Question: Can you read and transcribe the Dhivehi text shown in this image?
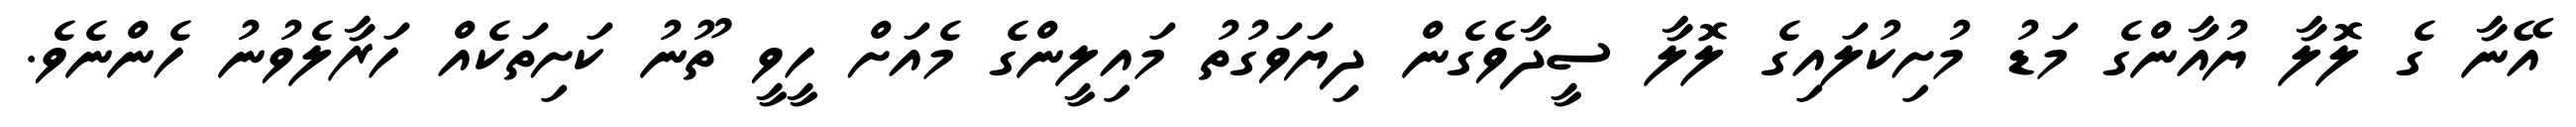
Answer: އޭނާ ގެ ލޮލާ ޔުއާންގެ މަޑު މުށިކުލައިގެ ލޮލާ ސީދާވެގެން ދިޔަވަގުތު މައިލީންގެ މެއަށް ހީވީ ތޫނު ކަށިތަކެއް ހަރާލެވުނު ހެންނެވެ.